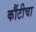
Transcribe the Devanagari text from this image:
कौंटीचा